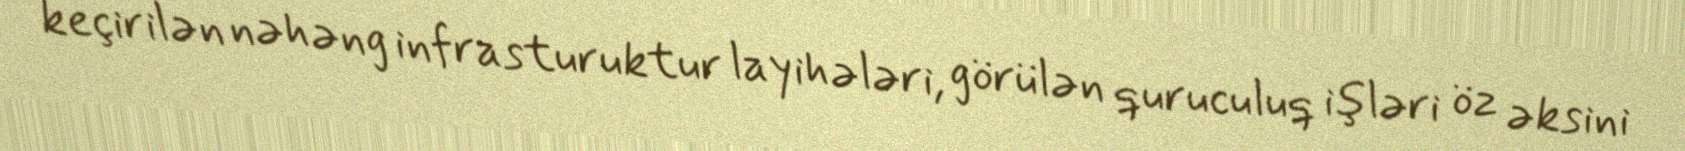
keçirilən nəhəng infrasturuktur layihələri, görülən quruculuq işləri öz əksini